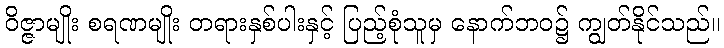
ဝိဇ္ဇာမျိုး စရဏမျိုး တရားနှစ်ပါးနှင့် ပြည့်စုံသူမှ နောက်ဘဝ၌ ကျွတ်နိုင်သည်။